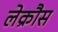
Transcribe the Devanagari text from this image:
लेक्रौस